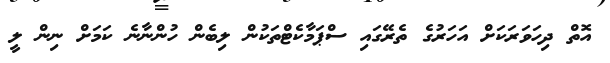
އޮތް ދިހަވަރަކަށް އަހަރުގެ ތެރޭގައި ސްޕަމާކެޓްތަކުން ލިބެން ހުންނާނެ ކަމަށް ނިން ލީ